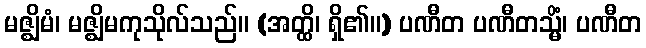
မဇ္ဈိမံ၊ မဇ္ဈိမကုသိုလ်သည်။ (အတ္ထိ၊ ရှိ၏။) ပဏီတ ပဏီတသ္မိံ၊ ပဏီတ